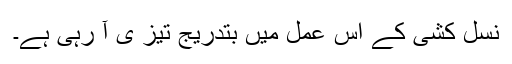
نسل کشی کے اس عمل میں بتدریج تیز ی آ رہی ہے۔